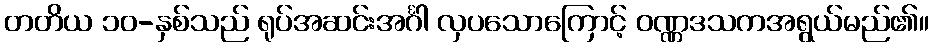
တတိယ ၁၀-နှစ်သည် ရုပ်အဆင်းအင်္ဂါ လှပသောကြောင့် ဝဏ္ဏဒသကအရွယ်မည်၏။